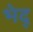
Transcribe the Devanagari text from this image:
भेद्